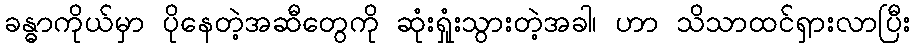
ခန္ဓာကိုယ်မှာ ပိုနေတဲ့အဆီတွေကို ဆုံးရှုံးသွားတဲ့အခါ၊ ဟာ သိသာထင်ရှားလာပြီး